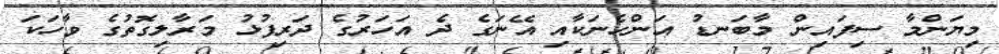
މިޔަންމާ ސިފައިން މާބަނޑު އަންހެނަކާއި އޭނަގެ ދެ އަހަރުގެ ދަރިފުޅު މަރާލިގޮތުގެ ވާހަކަ